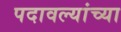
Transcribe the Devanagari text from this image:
पदावल्यांच्या